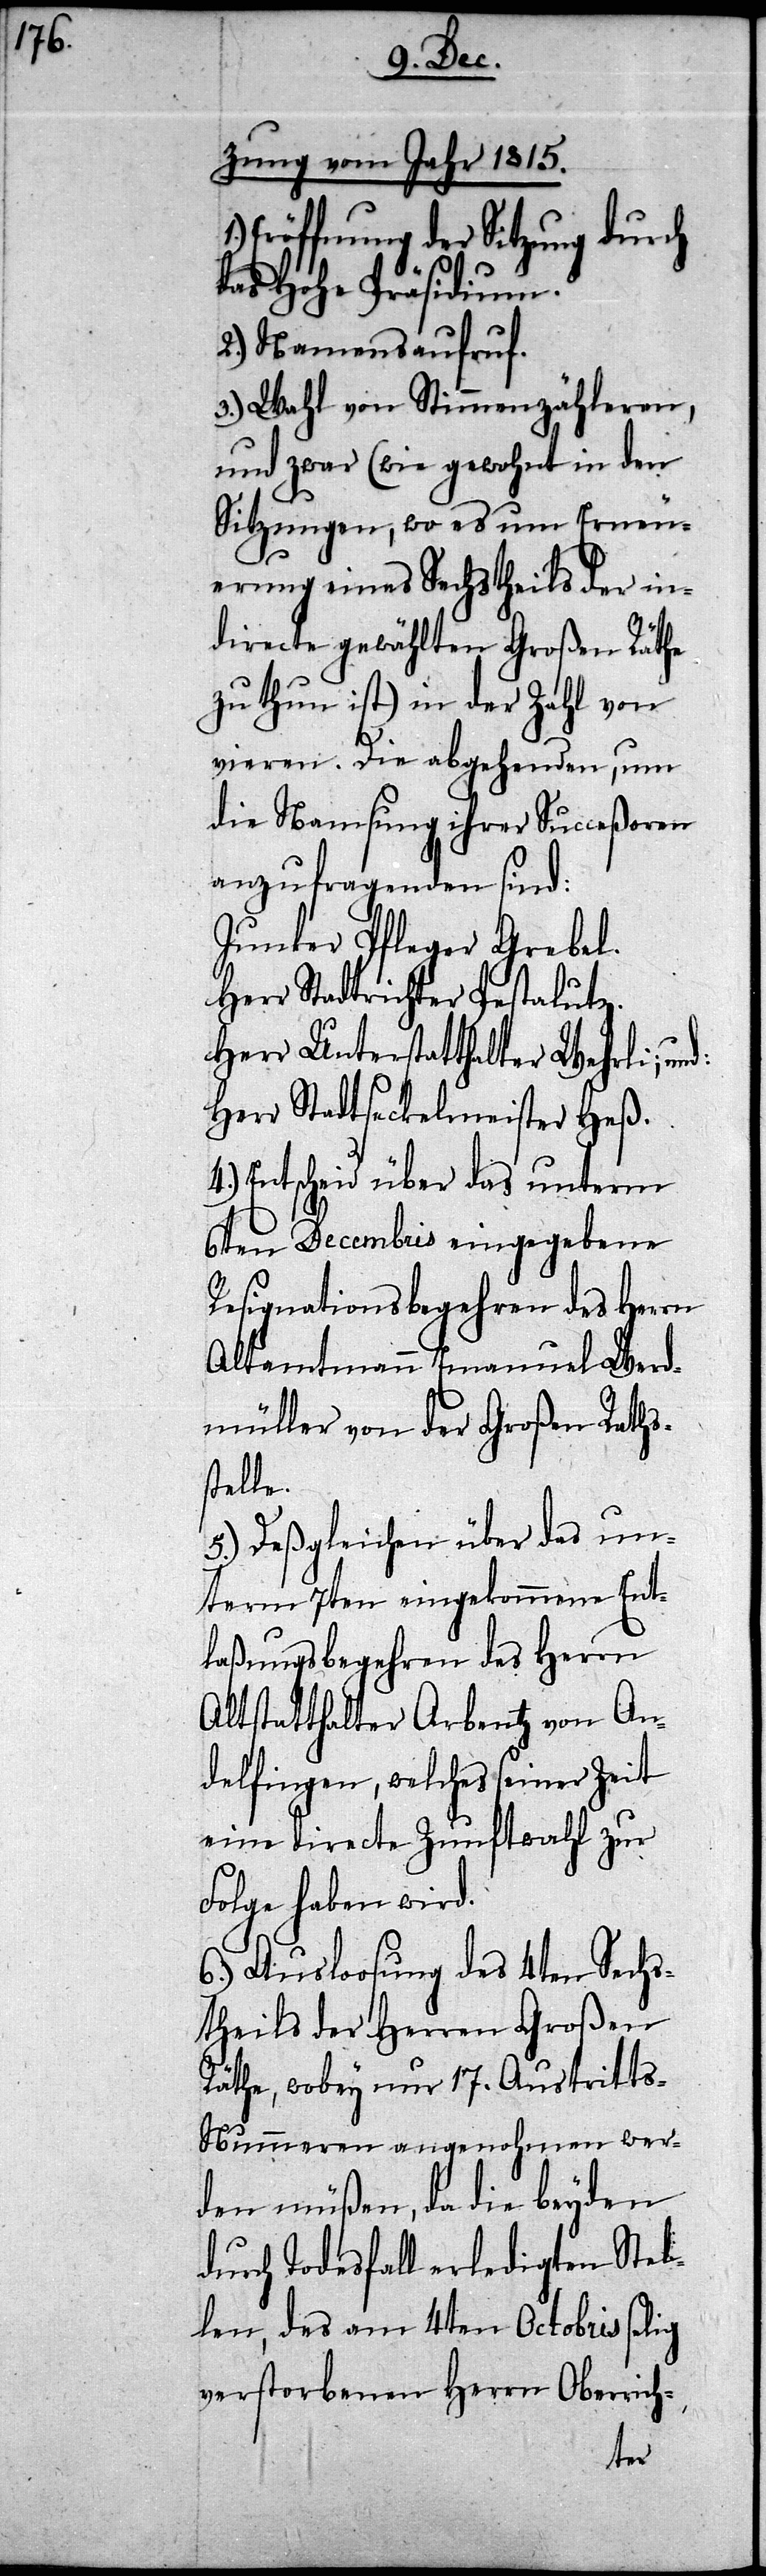
zung vom Jahr 1815.
Eröffnung der Sitzung durch
das Hohe Präsidium.
2.) Namensaufruf.
3.) Wahl von Stimmenzähleren,
und zwar (wie gewohnt in den
Sitzungen, wo es um Erneu¬
erung eines Sechstheils der in¬
directe gewählten Großen Räthe
zu thun ist) in der Zahl von
vieren. Die abgehenden, um
die Namsung ihrer Succeßoren
anzufragenden sind:
Junker Pfleger Grebel.
Herr Stadtrichter Pestalutz.
Herr Unterstatthalter Wehrli;
Herr Stadtseckelmeister Heß.
4.) Entscheid über das unterm
6ten Decembris eingegebene
Resignationsbegehren des Herrn
Altamtmann Emanuel Werd¬
müller von der Großen Raths¬
stelle.
5.) Deßgleichen über das un¬
term 7ten eingekommene Ent¬
laßungsbegehren des Herrn
Altstatthalter Arbentz von An¬
delfingen, welches seiner Zeit
eine directe Zunftwahl zur
Folge haben wird.
6.) Ausloosung des 4ten Sechs¬
theils der Herren Großen
Räthe, wobey nur 17. Austritt¬
s-Nummeren angenohmen wer¬
den müßen, da die beyden
durch Todesfall erledigten Stel¬
len, des am 4ten Octobris selig
verstorbenen Herrn Oberrich-